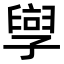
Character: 𫲯